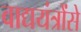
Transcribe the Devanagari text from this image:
वाद्ययंत्रोंसे